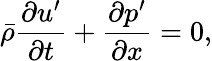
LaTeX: \bar{\rho}\frac{\partial u^{\prime}}{\partial t}+\frac{\partial p^{\prime}}{\partial x}=0,